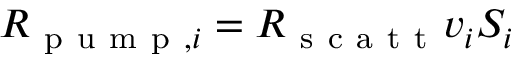
R _ { \mathrm { ~ p ~ u ~ m ~ p ~ } , i } = R _ { \mathrm { ~ s ~ c ~ a ~ t ~ t ~ } } v _ { i } S _ { i }